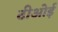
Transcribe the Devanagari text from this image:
टीओई